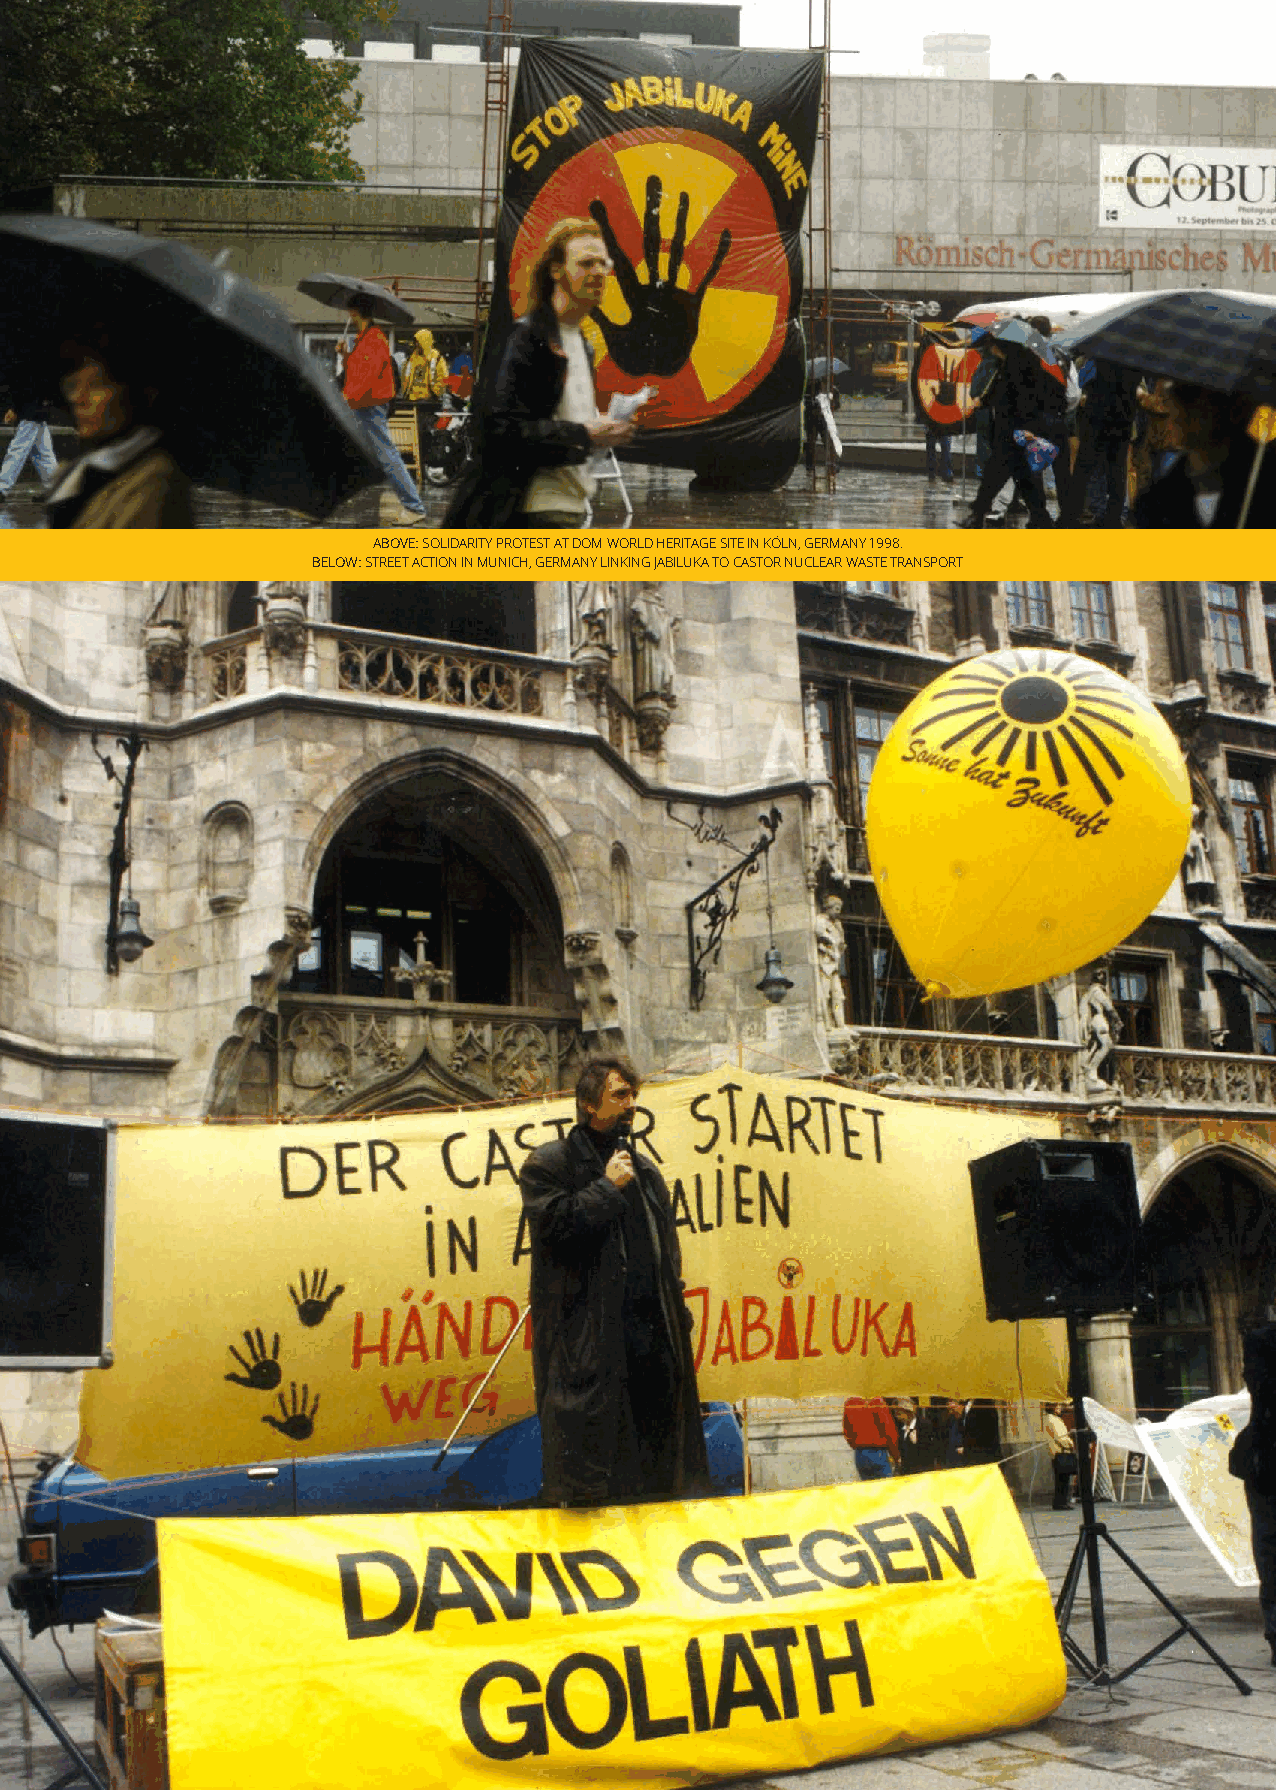
ABOVE: SOLIDARITY PROTEST AT DOM WORLD HERITAGE SITE IN KӦLN, GERMANY 1998.
 BELOW: STREET ACTION IN MUNICH, GERMANY LINKING JABILUKA TO CASTOR NUCLEAR WASTE TRANSPORT